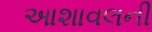
આશાવલની